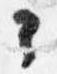
々